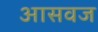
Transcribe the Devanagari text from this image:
आसवज